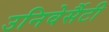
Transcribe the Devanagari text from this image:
उनिवेर्सैटी